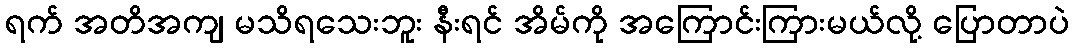
ရက် အတိအကျ မသိရသေးဘူး နီးရင် အိမ်ကို အကြောင်းကြားမယ်လို့ ပြောတာပဲ